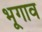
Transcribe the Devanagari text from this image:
भूगाव